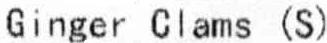
GINGER CLAMS (S)